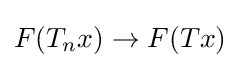
F(T_{n}x)\to F(Tx)